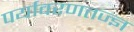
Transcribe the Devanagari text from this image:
पर्यावरणतज्ज्ञ